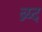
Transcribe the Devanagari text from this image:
ब्र्य्द